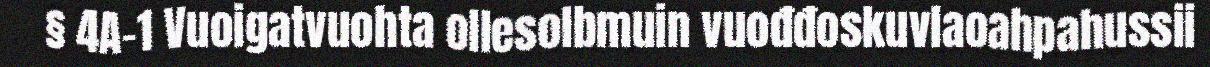
§ 4A-1 Vuoigatvuohta ollesolbmuin vuođđoskuvlaoahpahussii